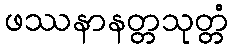
ဖဿနာနတ္တသုတ္တံ